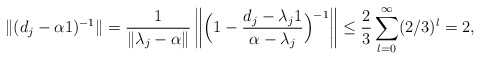
\begin{align*}\|(d_j - \alpha 1)^{-1}\| = \frac{1}{\|\lambda_j - \alpha\|} \left\|\Big( 1 - \frac{d_j - \lambda_j 1}{ \alpha - \lambda_j} \Big)^{-1}\right \|\leq \frac{2}{3} \sum_{l=0}^{\infty} (2/3)^l= 2,\end{align*}